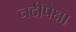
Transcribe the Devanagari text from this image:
नदीपेक्षा